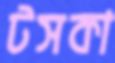
টসকা